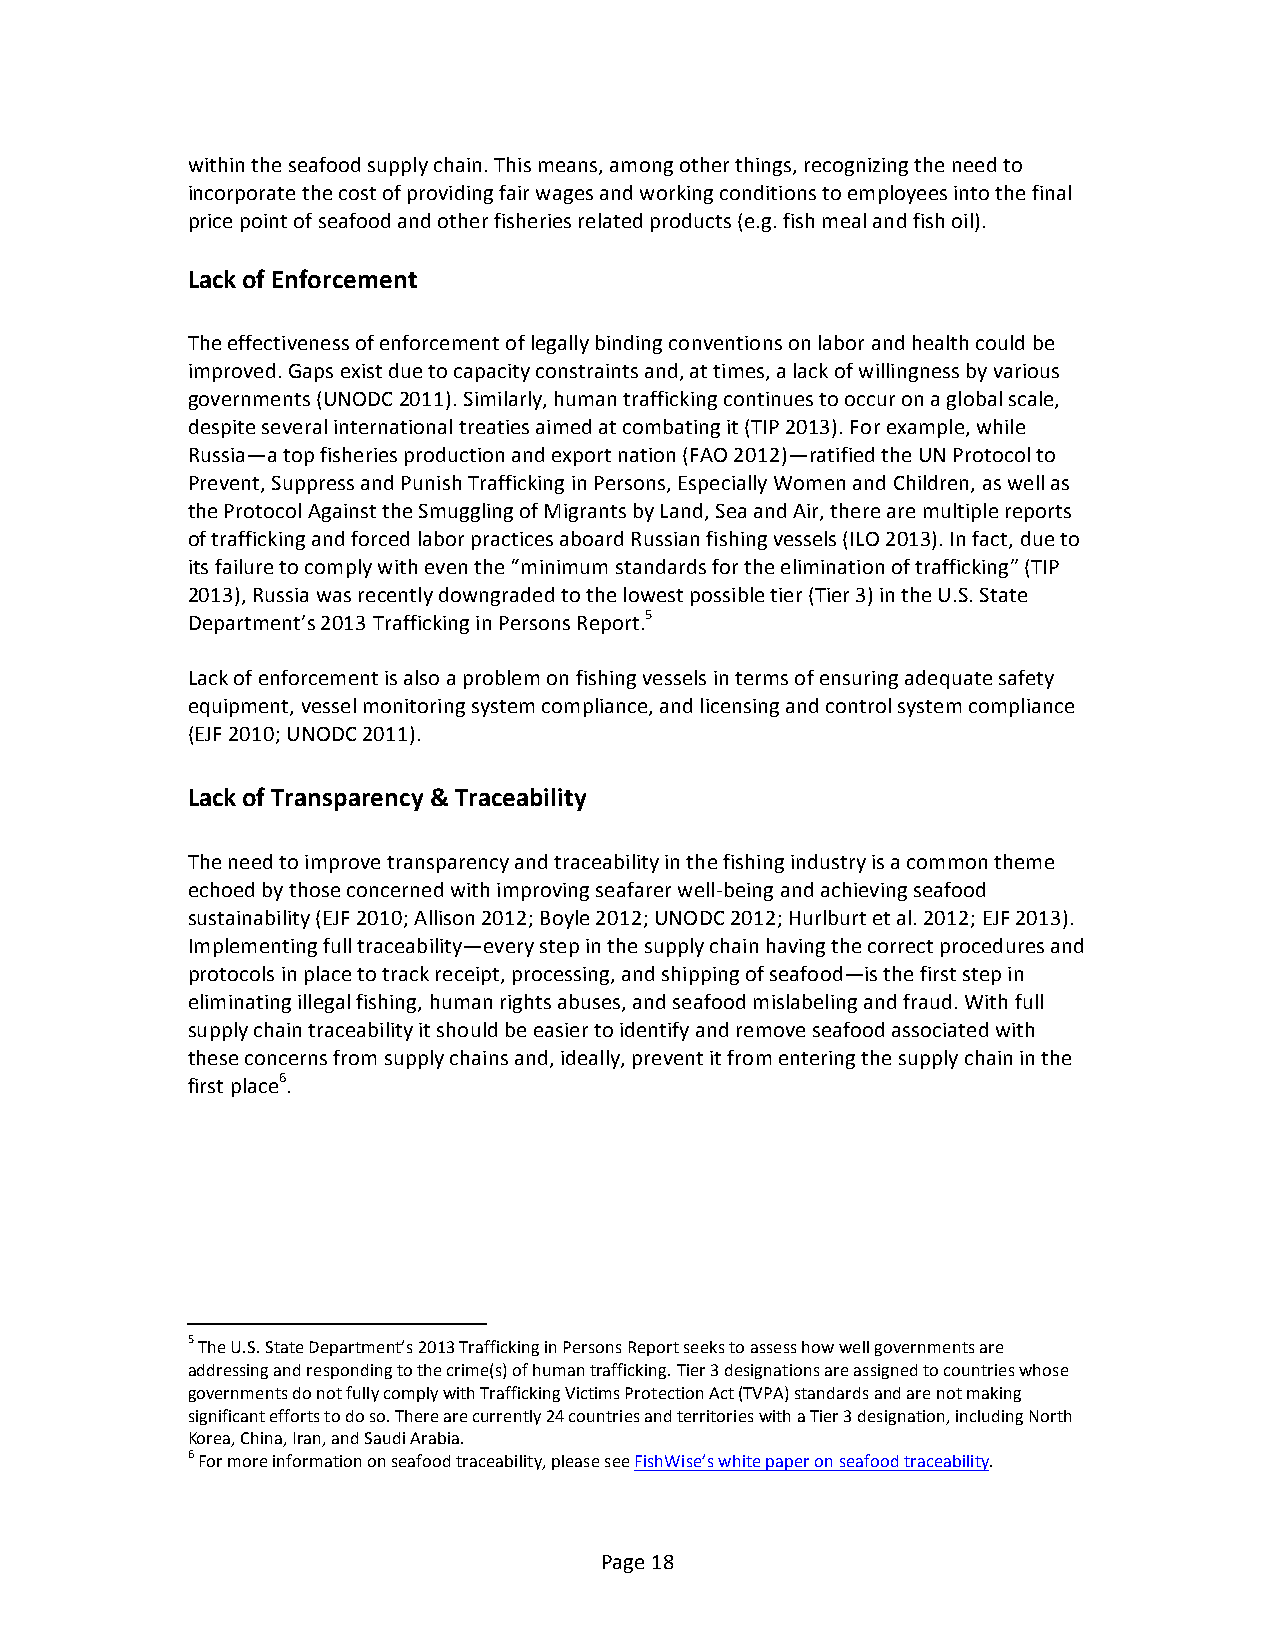
within the seafood supply chain. This means, among other things, recognizing the need to
 incorporate the cost of providing fair wages and working conditions to employees into the final
 price point of seafood and other fisheries related products (e.g. fish meal and fish oil).
 Lack of Enforcement
 The effectiveness of enforcement of legally binding conventions on labor and health could be
 improved. Gaps exist due to capacity constraints and, at times, a lack of willingness by various
 governments (UNODC 2011). Similarly, human trafficking continues to occur on a global scale,
 despite several international treaties aimed at combating it (TIP 2013). For example, while
 Russia—a top fisheries production and export nation (FAO 2012)—ratified the UN Protocol to
 Prevent, Suppress and Punish Trafficking in Persons, Especially Women and Children, as well as
 the Protocol Against the Smuggling of Migrants by Land, Sea and Air, there are multiple reports
 of trafficking and forced labor practices aboard Russian fishing vessels (ILO 2013). In fact, due to
 its failure to comply with even the “minimum standards for the elimination of trafficking” (TIP
 2013), Russia was recently downgraded to the lowest possible tier (Tier 3) in the U.S. State
 Department’s 2013 Trafficking in Persons Report.5
 Lack of enforcement is also a problem on fishing vessels in terms of ensuring adequate safety
 equipment, vessel monitoring system compliance, and licensing and control system compliance
 (EJF 2010; UNODC 2011).
 Lack of Transparency & Traceability
 The need to improve transparency and traceability in the fishing industry is a common theme
 echoed by those concerned with improving seafarer well-­‐being and achieving seafood
 sustainability (EJF 2010; Allison 2012; Boyle 2012; UNODC 2012; Hurlburt et al. 2012; EJF 2013).
 Implementing full traceability—every step in the supply chain having the correct procedures and
 protocols in place to track receipt, processing, and shipping of seafood—is the first step in
 eliminating illegal fishing, human rights abuses, and seafood mislabeling and fraud. With full
 supply chain traceability it should be easier to identify and remove seafood associated with
 these concerns from supply chains and, ideally, prevent it from entering the supply chain in the
 first place6.
 5 The U.S. State Department’s 2013 Trafficking in Persons Report seeks to assess how well governments are
 addressing and responding to the crime(s) of human trafficking. Tier 3 designations are assigned to countries whose
 governments do not fully comply with Trafficking Victims Protection Act (TVPA) standards and are not making
 significant efforts to do so. There are currently 24 countries and territories with a Tier 3 designation, including North
 Korea, China, Iran, and Saudi Arabia.
 6 For more information on seafood traceability, please see FishWise’s white paper on seafood traceability.
 Page 18